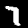
Digit: 7